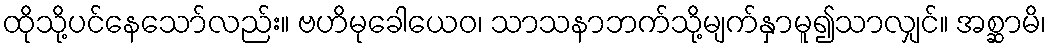
ထိုသို့ပင်နေသော်လည်း။ ဗဟိမုခေါယေဝ၊ သာသနာဘက်သို့မျက်နှာမူ၍သာလျှင်။ အစ္ဆာမိ၊